DOW-UAP-D20, Mission Report, Southern United States, 2020
Agency: Department of War
Incident date: 3/31/23
Incident location: Iraq
Page 6
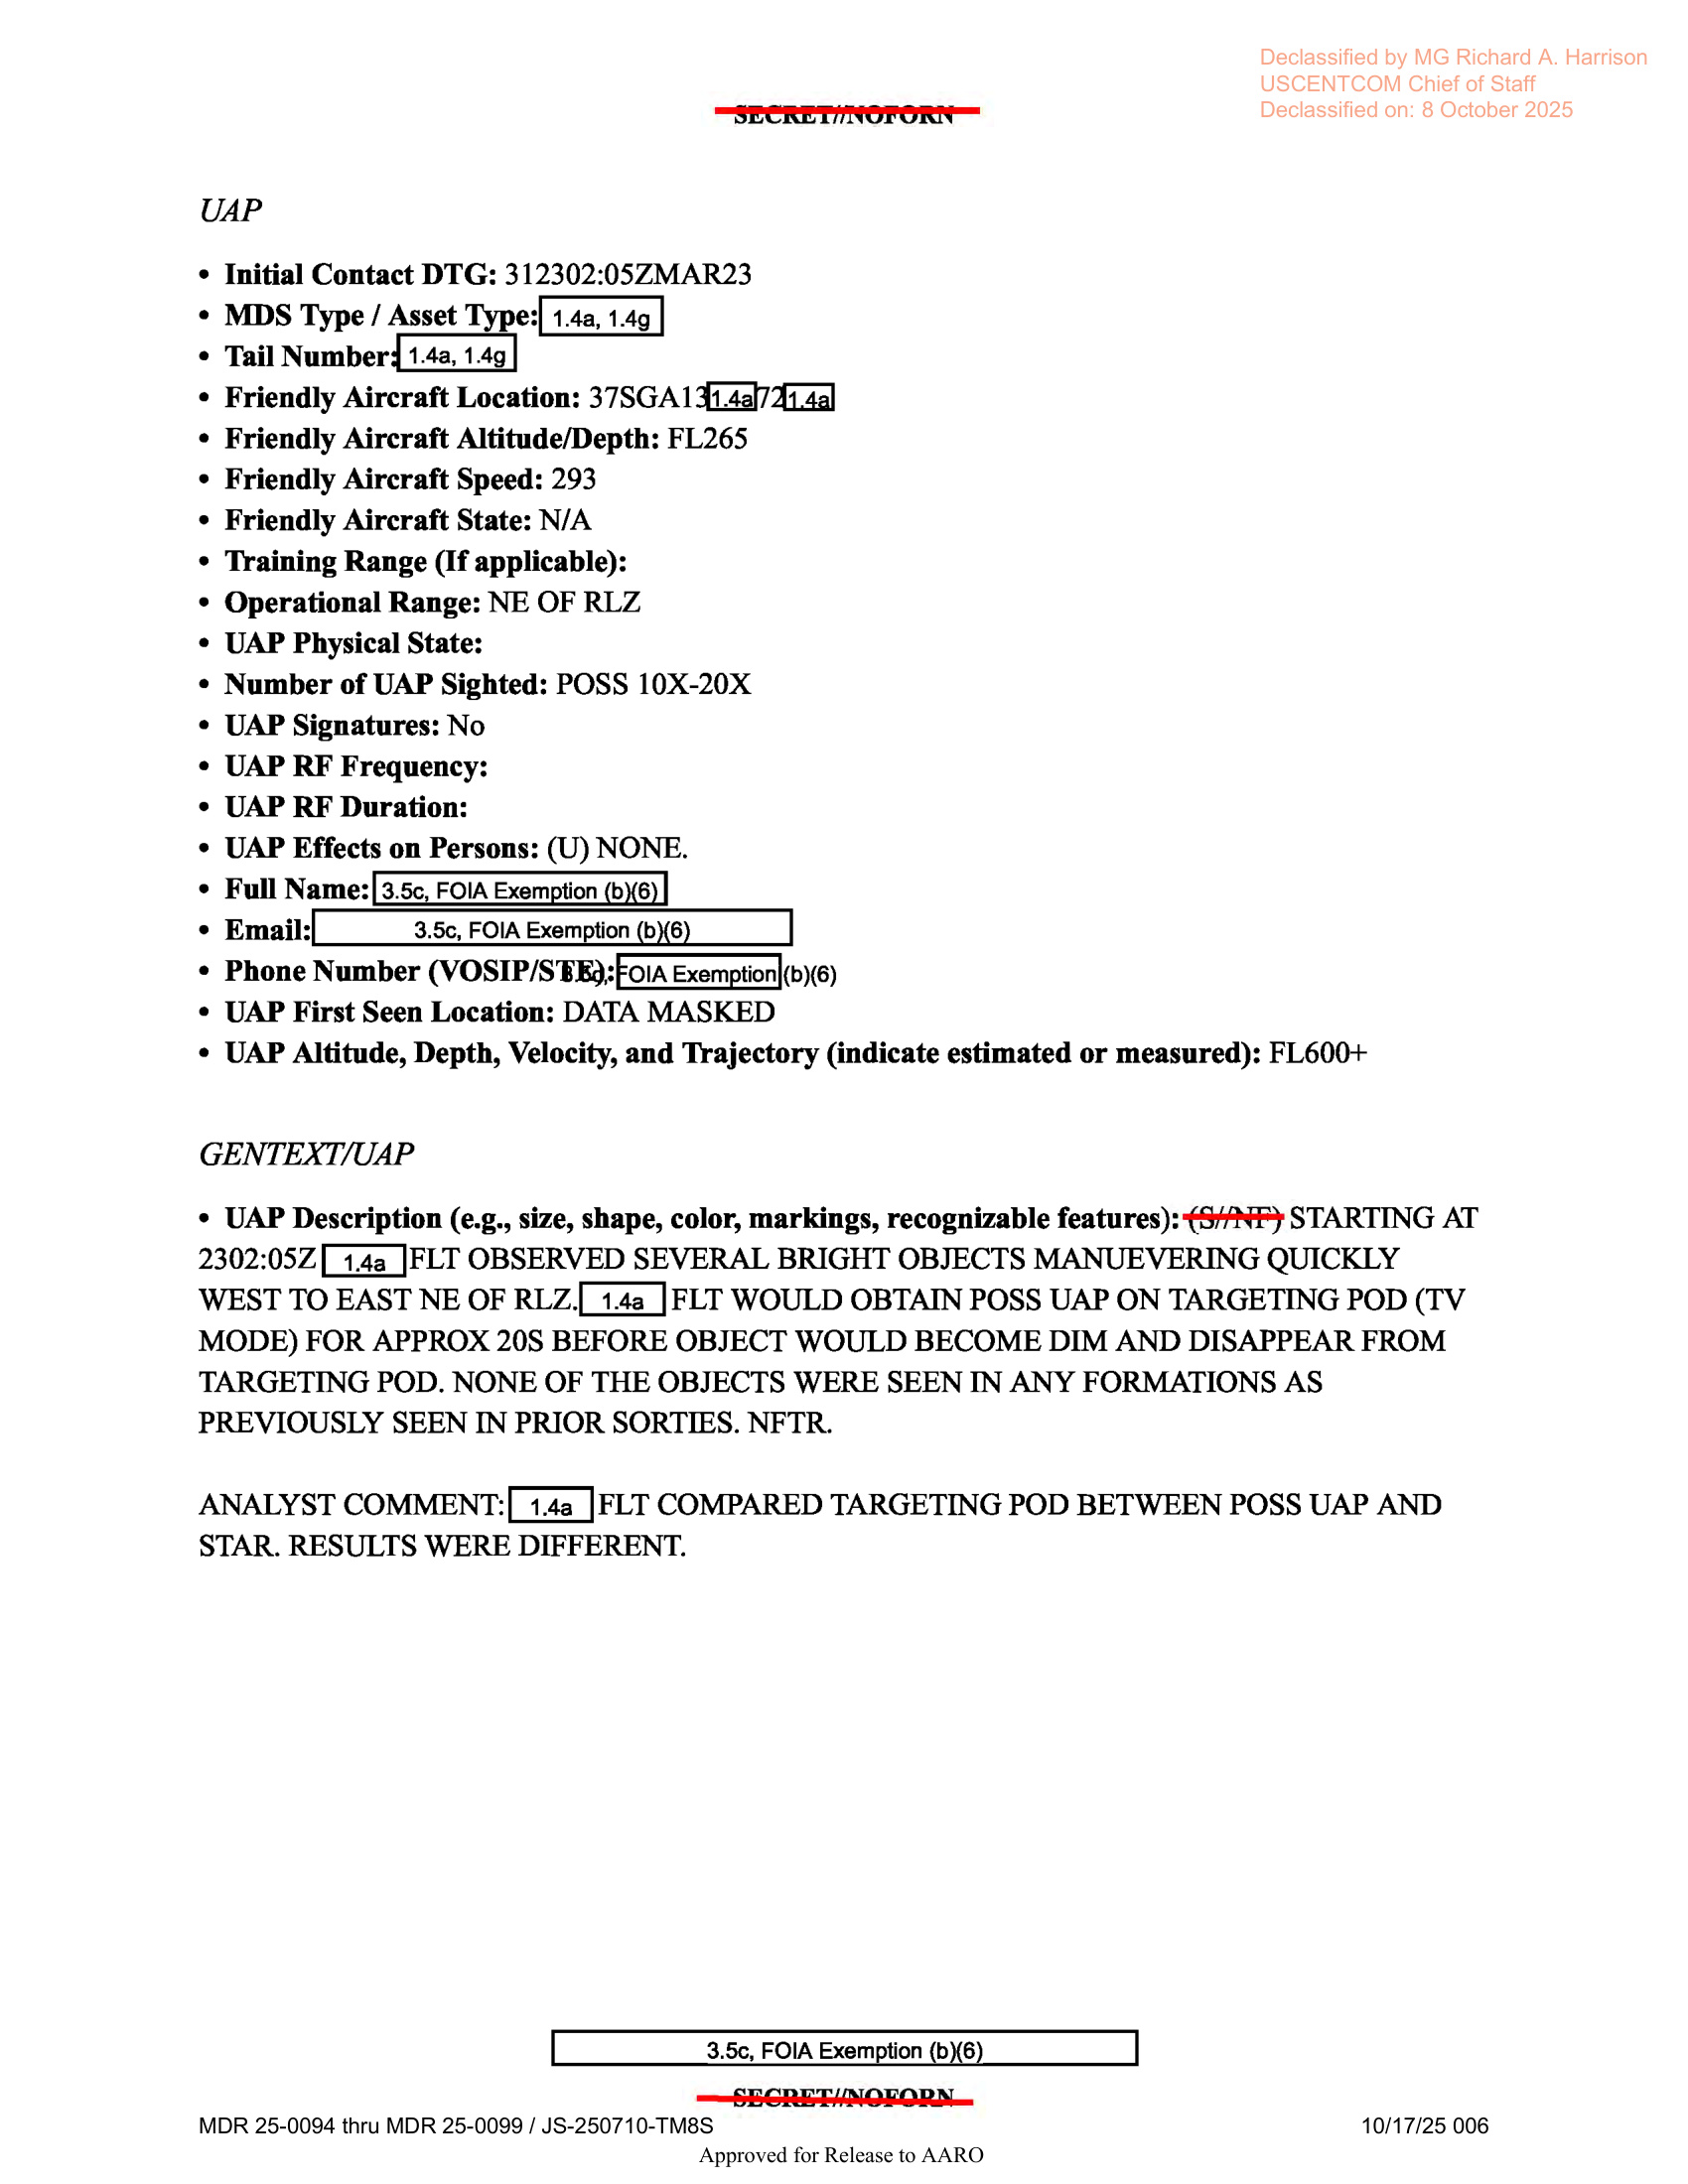